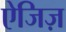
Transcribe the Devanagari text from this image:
ऐजिज़